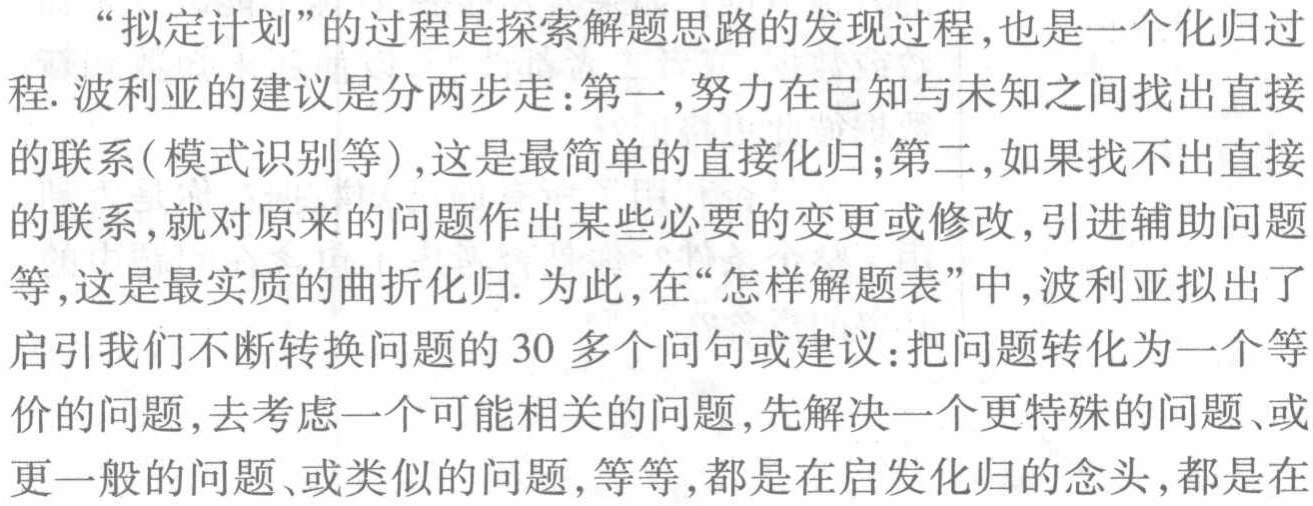
“拟定计划”的过程是探索解题思路的发现过程,也是一个化归过程. 波利亚的建议是分两步走:第一,努力在已知与未知之间找出直接的联系(模式识别等),这是最简单的直接化归;第二,如果找不出直接的联系,就对原来的问题作出某些必要的变更或修改,引进辅助问题等,这是最实质的曲折化归. 为此,在“怎样解题表”中,波利亚拟出了启引我们不断转换问题的 30 多个问句或建议:把问题转化为一个等价的问题,去考虑一个可能相关的问题,先解决一个更特殊的问题、或更一般的问题、或类似的问题,等等,都是在启发化归的念头,都是在